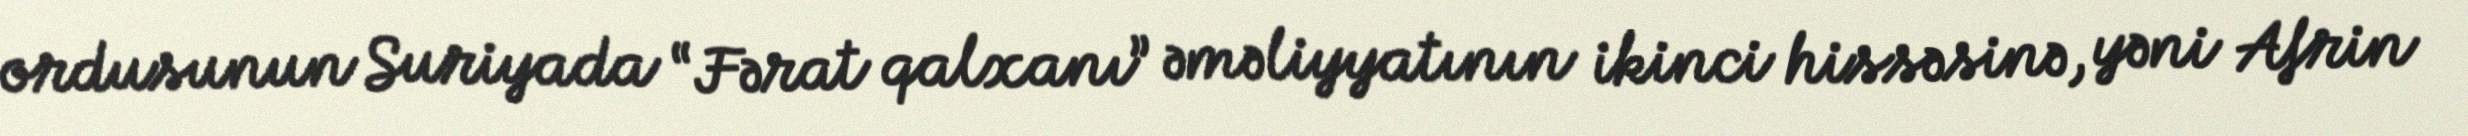
ordusunun Suriyada “Fərat qalxanı” əməliyyatının ikinci hissəsinə, yəni Afrin